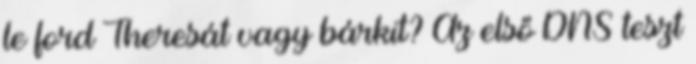
le ford Theresát vagy bárkit? Az első DNS teszt